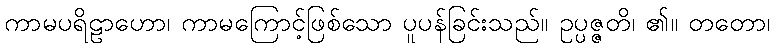
ကာမပရိဠာဟော၊ ကာမကြောင့်ဖြစ်သော ပူပန်ခြင်းသည်။ ဥပ္ပဇ္ဇတိ၊ ၏။ တတော၊